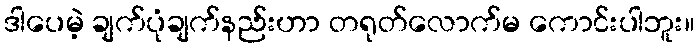
ဒါပေမဲ့ ချက်ပုံချက်နည်းဟာ တရုတ်လောက်မ ကောင်းပါဘူး။